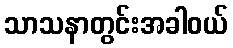
သာသနာတွင်းအခါဝယ်